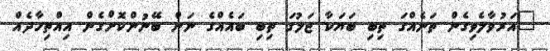
"އަރުވާލެވިގެން ތަނެއްގަ ތިބި ބަޔަކާ ޖަލުގަ ތިބި ބައެއްގެ ނަން ބޭނުންކޮށްގެން އިއްތިހާދެއް